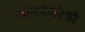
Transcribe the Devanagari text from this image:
कॉनफेडरेसी